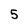
Character: 5